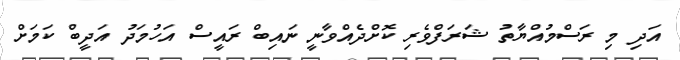
އަދި މި ރަސްމުއްޔާތު ޝަރަފްވެރި ކޮށްދެއްވާނީ ނައިބް ރައީސް އަހުމަދު އަދީބް ކަމަށް